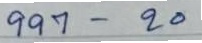
997 - 20